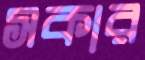
সকার